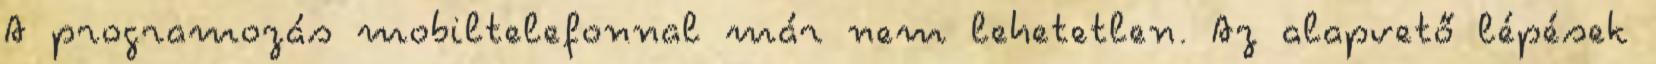
A programozás mobiltelefonnal már nem lehetetlen. Az alapvető lépések